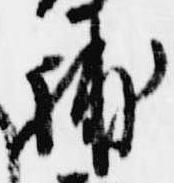
補